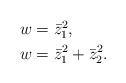
LaTeX: \begin{align*}\begin{aligned}& w = \bar{z}_1^2 , \\& w = \bar{z}_1^2 + \bar{z}_2^2 .\end{aligned}\end{align*}